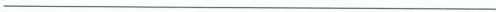
___